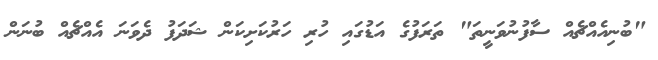
"ބުނިއެއްޗެއް ސާފުނުވަނީތަ" ތަރަފުގެ އަޑުގައި ހުރި ހަރުކަށިކަން ޝަދަފު ދެވަނަ އެއްޗެއް ބުނަން